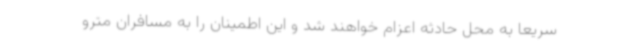
سریعاً به محل حادثه اعزام خواهند شد و این اطمینان را به مسافران مترو